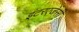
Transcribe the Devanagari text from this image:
इंटरएजेंसी